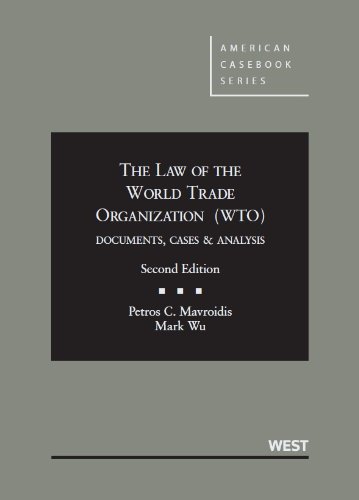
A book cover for The Law of the World Trade Organization (WTO): Documents, Cases and Analysis 2d (American Casebook Series); Petros Mavroidis; Law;